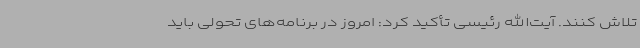
تلاش کنند. آیت‌الله رئیسی تأکید کرد: امروز در برنامه‌های تحولی باید